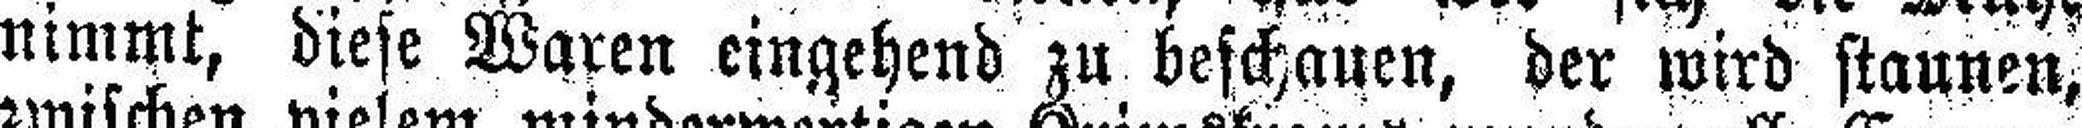
nimmt, diese Waren eingehend zu beschauen, der wird staunen,